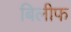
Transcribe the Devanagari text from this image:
बिलीफ